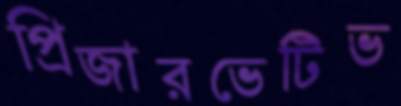
প্রিজারভেটিভ